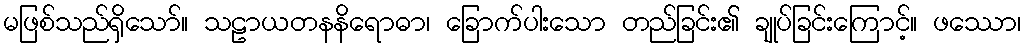
မဖြစ်သည်ရှိသော်။ သဠာယတနနိရောဓာ၊ ခြောက်ပါးသော တည်ခြင်း၏ ချုပ်ခြင်းကြောင့်။ ဖဿော၊